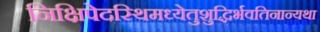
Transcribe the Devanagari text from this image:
निक्षिपेदस्थिमध्येतुशुद्धिर्भवतिनान्यथा